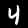
Label: 4